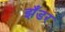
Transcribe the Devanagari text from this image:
झँडर